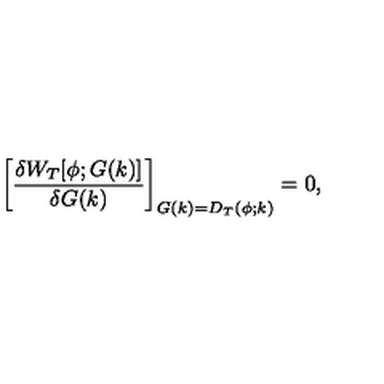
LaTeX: \biggl [ { \frac { \delta W _ { T } [ \phi ; G ( k ) ] } { \delta G ( k ) } } \biggr ] _ { G ( k ) = D _ { T } ( \phi ; k ) } = 0 ,